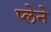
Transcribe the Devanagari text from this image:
प्लेने